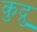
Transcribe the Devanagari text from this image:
कुद्रु